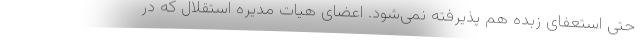
حتی استعفای زبده هم پذیرفته نمی‌شود. اعضای هیات مدیره استقلال که در